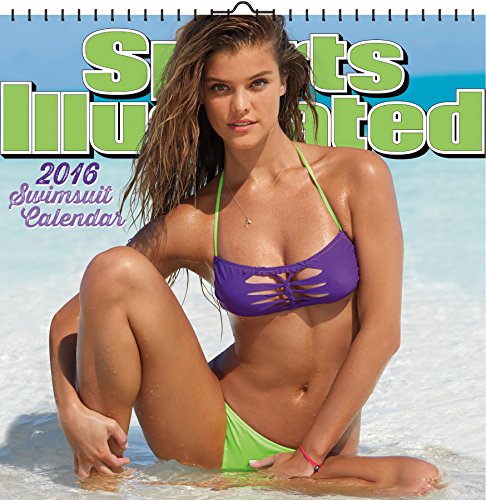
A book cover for Sports Illustrated Swimsuit 2016 Deluxe Wall Calendar; Trends International; Calendars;